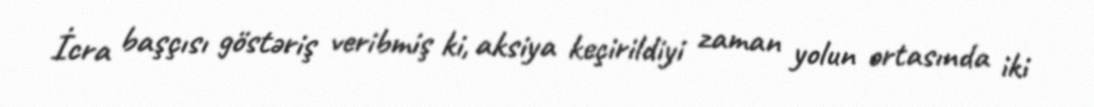
İcra başçısı göstəriş veribmiş ki, aksiya keçirildiyi zaman yolun ortasında iki